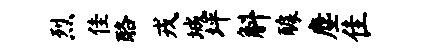
烈佳酪戎城坪斛醵麈隹